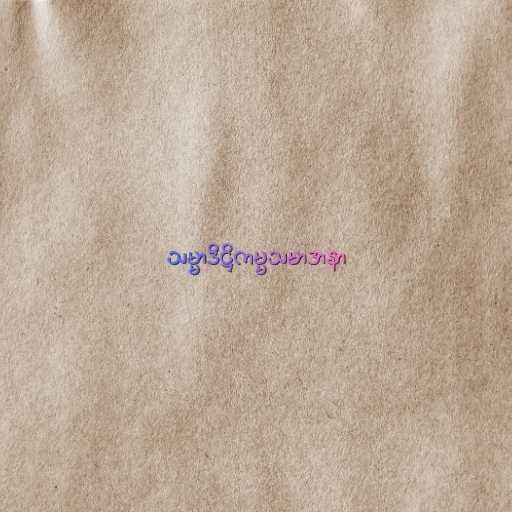
သမ္မာဒိဋ္ဌိကမ္မသမာဒာနာ